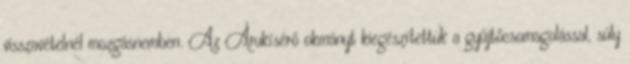
visszavételnél mozgásnemben. Az Árukísérő okmányt kiegészítettük a gyűjtőcsomagolással, súly